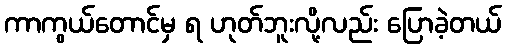
ကာကွယ်တောင်မှ ရ ဟုတ်ဘူးလို့လည်း ပြောခဲ့တယ်